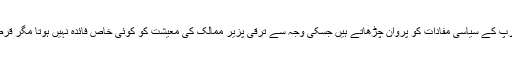
یہ ادارے قرض خواہ ممالک کے معاشی مسائل حل کرنے کے بہانے امریکہ اور یورپ کے سیاسی مفادات کو پروان چڑھاتے ہیں جسکی وجہ سے ترقی پزیر ممالک کی معیشت کو کوئی خاص فائدہ نہیں ہوتا مگر قرض کا بوجھ بڑھتا جاتا ہے جسکا نتیجہ عوام میں غربت اور ملک کی غلامی ہوتا ہے۔